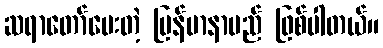
ဆရာတော်ပေးတဲ့ မြန်မာနာမည် ဖြစ်ပါတယ်။